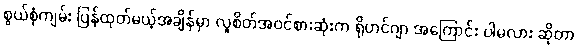
စွယ်စုံကျမ်း ပြန်ထုတ်မယ့်အချိန်မှာ လူစိတ်အဝင်စားဆုံးက ရိုဟင်ဂျာ အကြောင်း ပါမလား ဆိုတာ